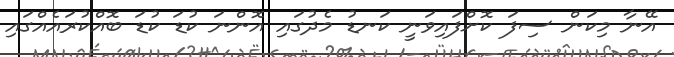
އޭނާ މިކަން ސިފަ ކޮށްފައިވަނީ ކަނޑު މެދުގައި އޮންނަ ކުޑަ ކުޑަ ބޮއްކުރައެއްގައި